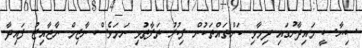
ސިޔާސީ މައިދާނުގައި ދިމާވި ކަންތައްތަކުން ފިކުރު ތަފާތުވި ނަމަވެސް ނާޒިމް ނާޖާއިޒު ފައިދާ